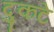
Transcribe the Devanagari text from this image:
दुकटे